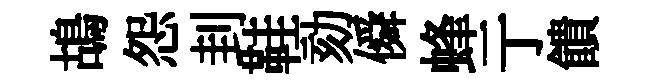
鴣怨刲鞋劾僢蜂亍饋